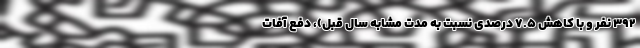
۳۹۲ نفر و با کاهش ۷.۵ درصدی نسبت به مدت مشابه سال قبل)، دفع آفات